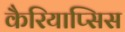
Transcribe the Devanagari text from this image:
कैरियाप्सिस